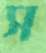
স